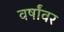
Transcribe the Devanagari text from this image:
वर्षांवर